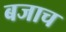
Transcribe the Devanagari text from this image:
बजाच